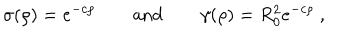
\sigma ( \rho ) = e ^ { - c \rho } \quad \quad \mathrm { a n d } \quad \quad \gamma ( \rho ) = R _ { 0 } ^ { 2 } e ^ { - c \rho } ~ ,